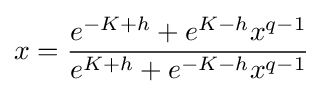
x={\frac {e^{-K+h}+e^{K-h}x^{q-1}}{e^{K+h}+e^{-K-h}x^{q-1}}}